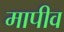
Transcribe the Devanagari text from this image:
मापीव